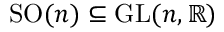
\mathrm { S O } ( n ) \subseteq \mathrm { G L } ( n , \mathbb { R } )